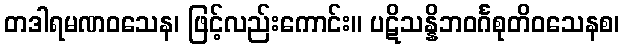
တဒါရမဏဝသေန၊ ဖြင့်လည်းကောင်း။ ပဋိသန္နိဘဝင်္ဂစုတိဝသေနစ၊